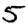
Digit: 5